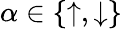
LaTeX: \alpha\in\{ \uparrow,\downarrow\}